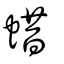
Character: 蜡